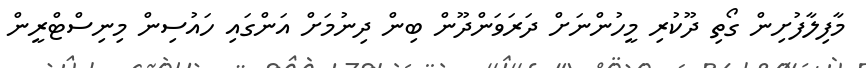
މާފިލާފުށިން ގޯތި ދޫކުރި މީހުންނަށް ދަރަވަންދޫން ބިން ދިނުމަށް އަންގައި ހައުސިން މިނިސްޓްރީން